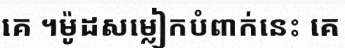
គេ ។ម៉ូដសម្លៀកបំពាក់នេះ គេ